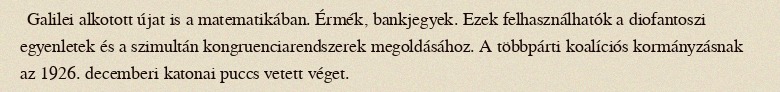
Galilei alkotott újat is a matematikában. Érmék, bankjegyek. Ezek felhasználhatók a diofantoszi egyenletek és a szimultán kongruenciarendszerek megoldásához. A többpárti koalíciós kormányzásnak az 1926. decemberi katonai puccs vetett véget.